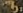
في